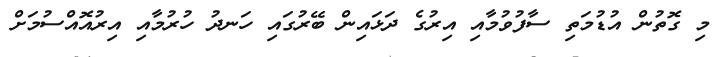
މި ގޮތުން އުޑުމަތި ސާފުވުމާއި އިރުގެ ދަޅައިން ބޭރުގައި ހަނދު ހުރުމާއި އިރުއޮއްސުމަށް